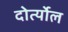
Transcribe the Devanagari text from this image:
दोर्त्योल